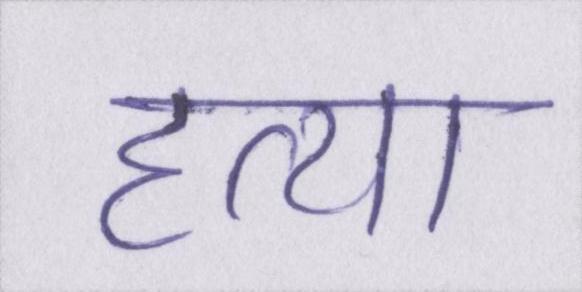
हत्या